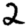
Digit: 2